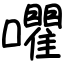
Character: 㘗